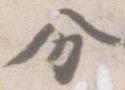
分